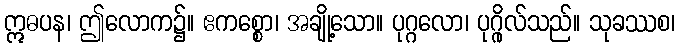
ဣဓပန၊ ဤလောက၌။ ဧကစ္စော၊ အချို့သော။ ပုဂ္ဂလော၊ ပုဂ္ဂိုလ်သည်။ သုခဿစ၊